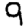
Digit: 9